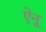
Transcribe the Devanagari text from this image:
ऐनू